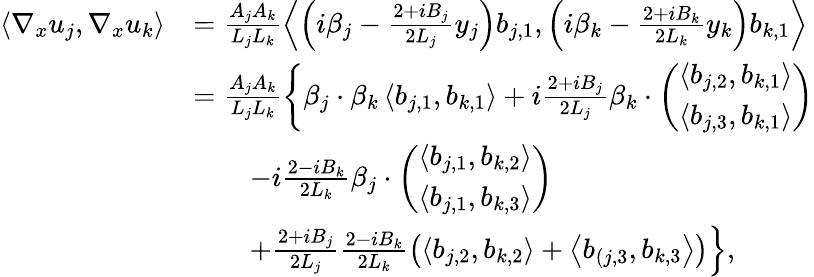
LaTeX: \begin{array}{rl}{\langle\nabla_{x}u_{j},\nabla_{x}u_{k}\rangle}&{=\frac{A_{j}A_{k}}{L_{j}L_{k}}\left\langle\left(i\beta_{j}-\frac{2+iB_{j}}{2L_{j}}y_{j}\right)b_{j,1},\left(i\beta_{k}-\frac{2+iB_{k}}{2L_{k}}y_{k}\right)b_{k,1}\right\rangle}\\ &{=\frac{A_{j}A_{k}}{L_{j}L_{k}}\left\{ \beta_{j}\cdot\beta_{k}\left\langle b_{j,1},b_{k,1}\right\rangle+i\frac{2+iB_{j}}{2L_{j}}\beta_{k}\cdot\left(\begin{array}{l}{\left\langle b_{j,2},b_{k,1}\right\rangle}\\ {\left\langle b_{j,3},b_{k,1}\right\rangle}\end{array}\right)\right.}\\ &{\qquad-i\frac{2-iB_{k}}{2L_{k}}\beta_{j}\cdot\left(\begin{array}{l}{\left\langle b_{j,1},b_{k,2}\right\rangle}\\ {\left\langle b_{j,1},b_{k,3}\right\rangle}\end{array}\right)}\\ &{\qquad\left.+\frac{2+iB_{j}}{2L_{j}}\frac{2-iB_{k}}{2L_{k}}\left(\left\langle b_{j,2},b_{k,2}\right\rangle+\left\langle b_{(j,3},b_{k,3}\right\rangle\right)\right\} ,}\end{array}